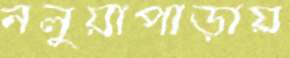
নলুয়াপাড়ায়